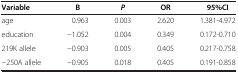
<table><thead><tr><td><b>Variable</b></td><td><b>B</b></td><td><b><i>P</i></b></td><td><b>OR</b></td><td><b>95%CI</b></td></tr></thead><tbody><tr><td>age</td><td>0.963</td><td>0.003</td><td>2.620</td><td>1.381-4.972</td></tr><tr><td>education</td><td>−1.052</td><td>0.004</td><td>0.349</td><td>0.172-0.710</td></tr><tr><td>219K allele</td><td>−0.903</td><td>0.005</td><td>0.405</td><td>0.217-0.758</td></tr><tr><td>−250A allele</td><td>−0.905</td><td>0.018</td><td>0.405</td><td>0.191-0.858</td></tr></tbody></table>